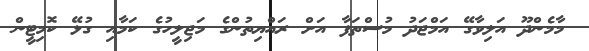
މާމެންދޫ އަލިވާގޭ އަމްޖަދު މުސްތަފާ އަށް ރައްޔިތުންގެ މަޖިލީހުގެ ކަމާއި ގުޅޭ ކޮމިޓީން